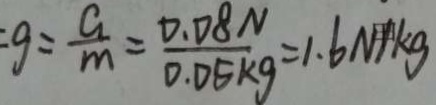
g = \frac { G } { m } = \frac { 0 . 0 8 N } { 0 . 0 5 k g } = 1 . 6 N / k g